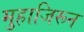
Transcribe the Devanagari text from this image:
मुहाजिरून